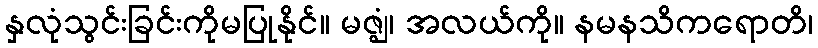
နှလုံသွင်းခြင်းကိုမပြုနိုင်။ မဇ္ဈံ၊ အလယ်ကို။ နမနသိကရောတိ၊